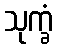
သုက္ခံ